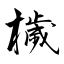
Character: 檅